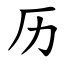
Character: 历